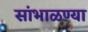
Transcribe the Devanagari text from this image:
सांभाळण्या